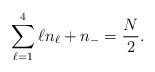
\begin{align*}\sum_{\ell=1}^{4} \ell n_{\ell}+n_- = \frac{N}{2} . \end{align*}